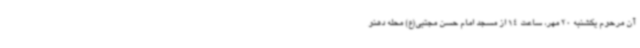
آن مرحوم یکشنبه 20 مهر، ساعت 14 از مسجد امام حسن مجتبی(ع) محله دهنو